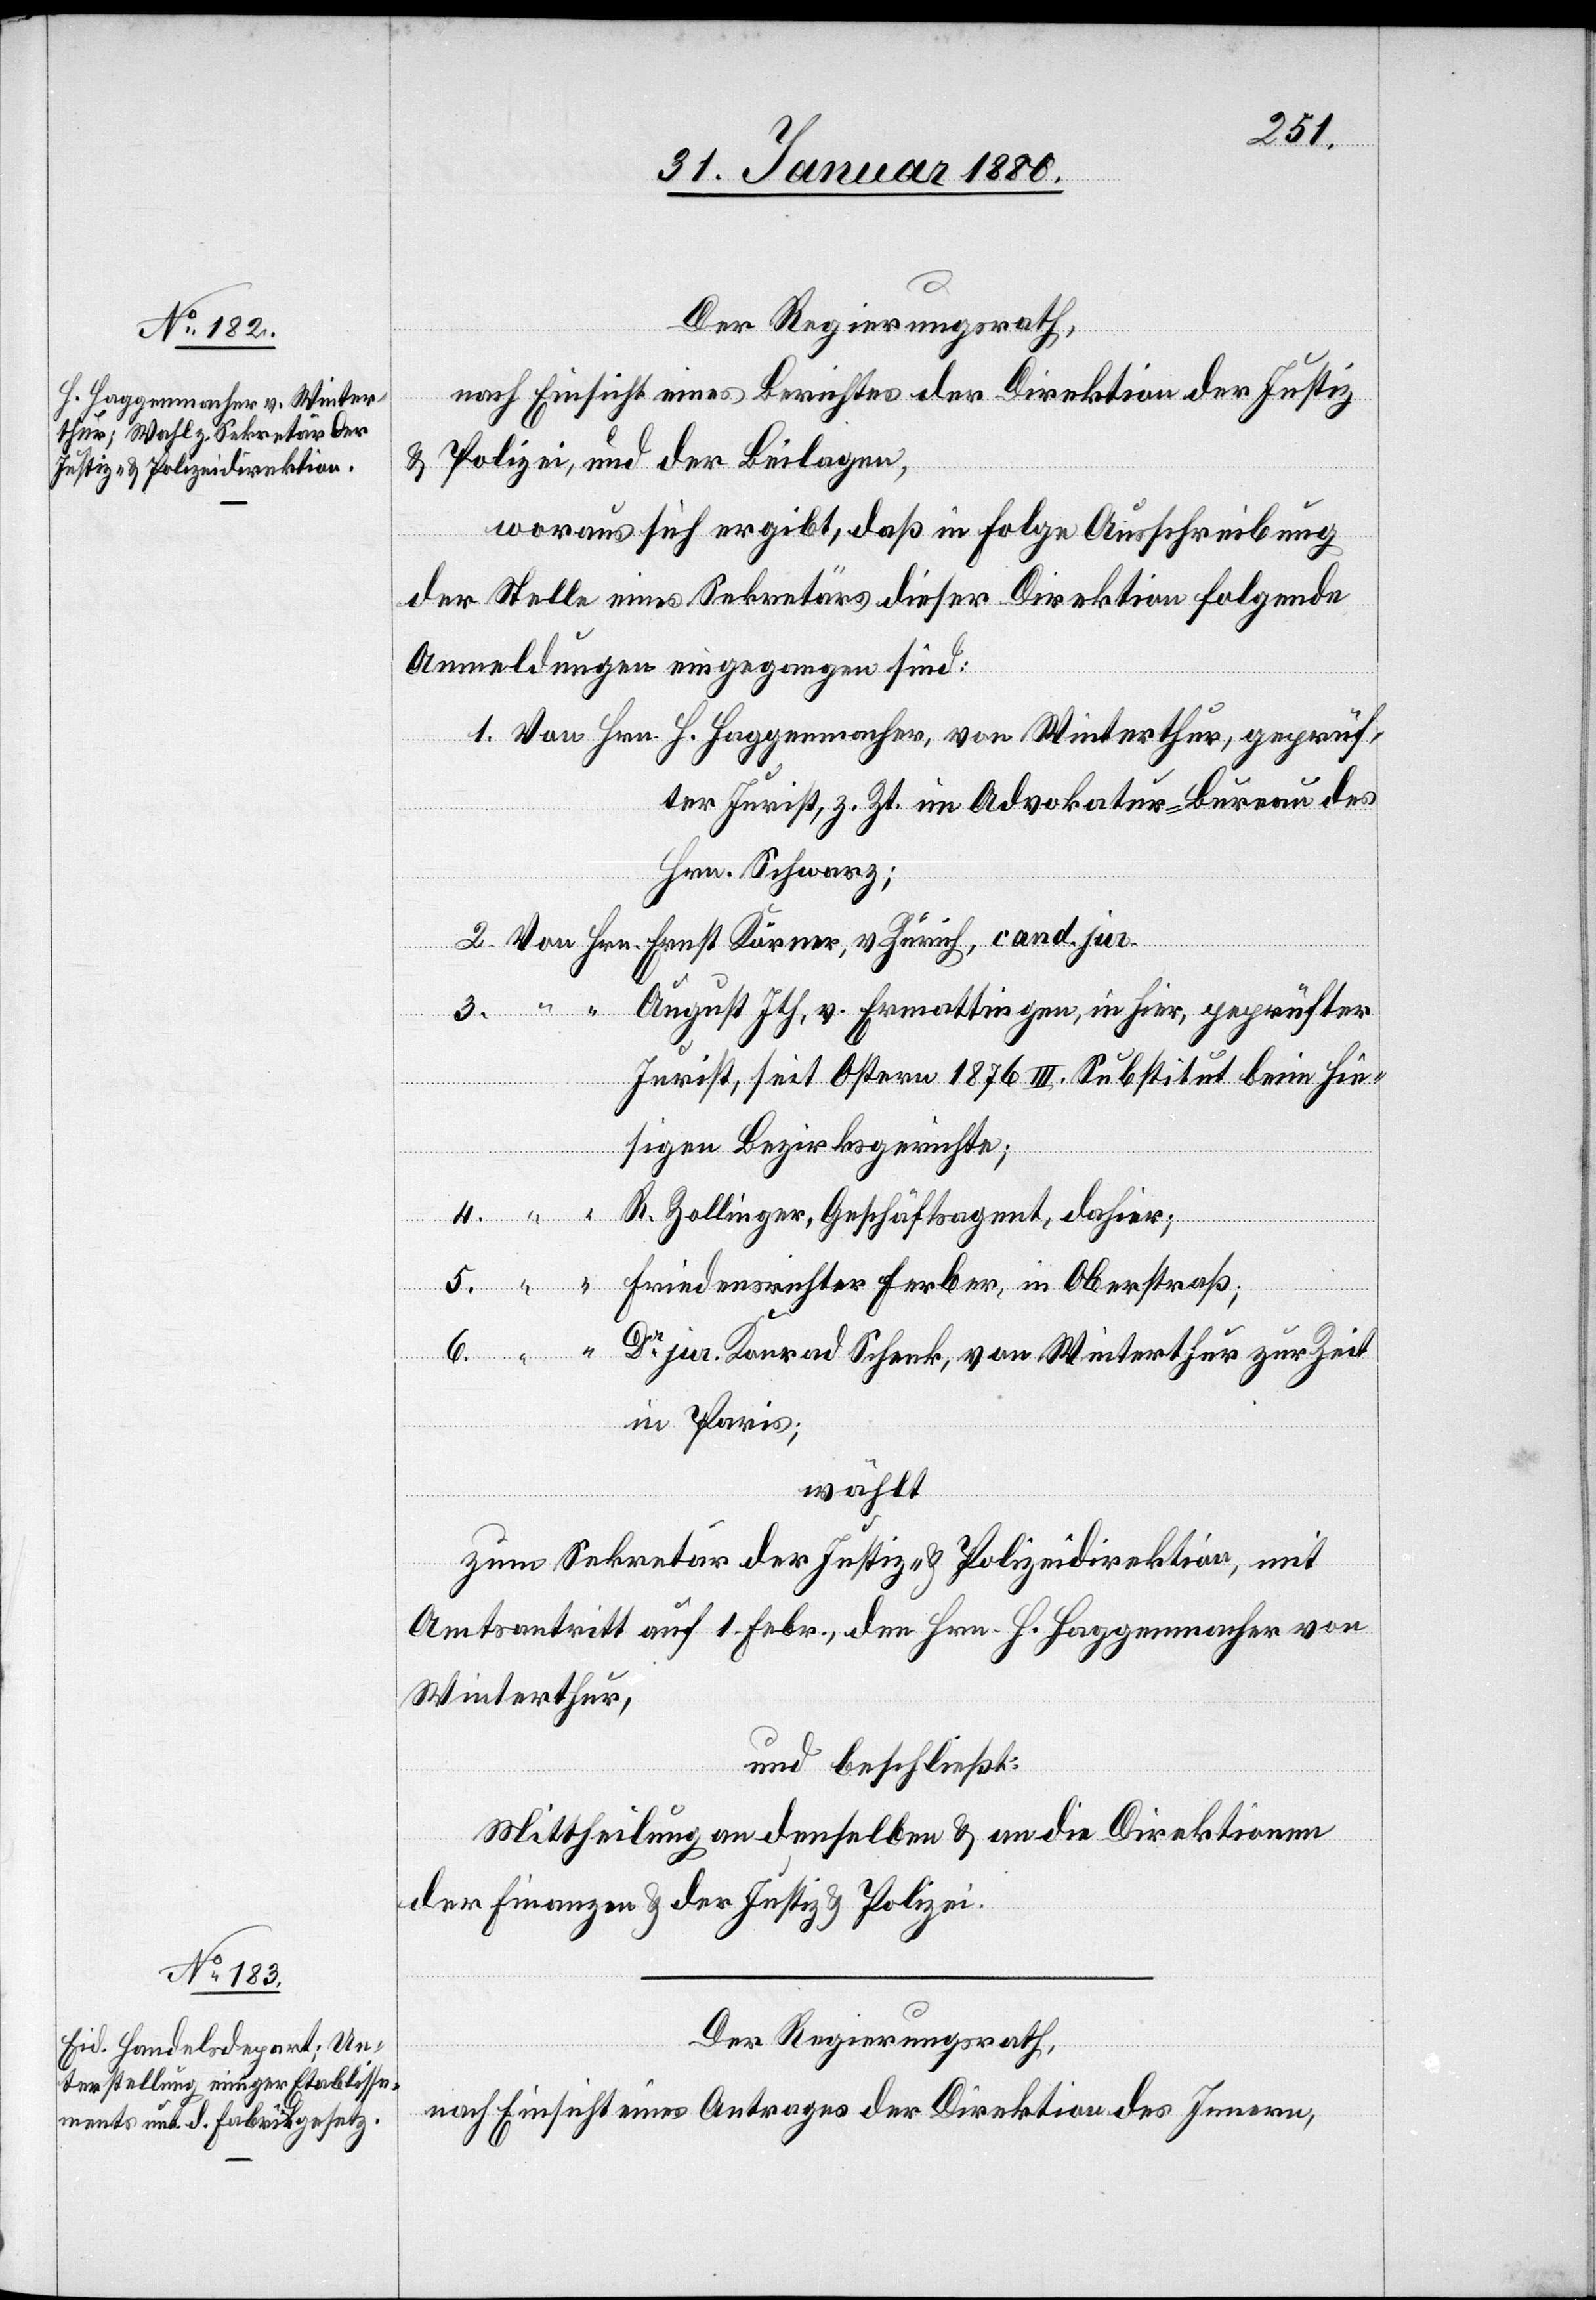
H. Haggenmacher, von Winter¬

Der Regierungsrath,
nach Einsicht eines Berichtes der Direktion der Justiz
& Polizei, und der Beilagen,
woraus sich ergibt, daß in Folge Ausschreibung
der Stelle eines Sekretärs dieser Direktion folgende
Anmeldungen eingegangen sind:
ter Jurist, z. Zt. im Advokatur-Bureau des
Hrn. Schwarz;
6.
thur, geprüf¬
August Ith, v. Ermattingen, in hier, geprüfter
Jurist, seit Ostern 1876 III. Substitut beim hie¬
sigen Bezirksgerichte;
R. Zollinger, Geschäftsagent, dahier;
Dr jur. Konrad Schenk, von Winterthur zur Zeit
in Paris;
wählt:
zum Sekretär der Justiz- & Polizeidirektion, mit
Amtsantritt auf 1. Febr., den Hrn. H. Haggenmacher von
Winterthur,
und beschließt:
Mittheilung an denselben & an die Direktionen
der Finanzen & der Justiz & Polizei.
Der Regierungsrath,
nach Einsicht eines Antrages der Direktion des Innern,